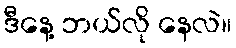
ဒီနေ့ ဘယ်လို နေလဲ။